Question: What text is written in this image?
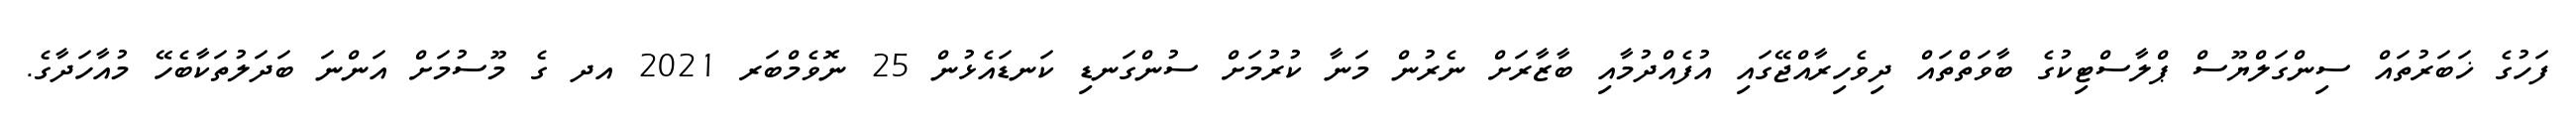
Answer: ފަހުގެ ޚަބަރުތައް ސިންގަލްޔޫސް ޕްލާސްޓިކުގެ ބާވަތްތައް ދިވެހިރާއްޖޭގައި އުފެއްދުމާއި ބާޒާރަށް ނެރުން މަނާ ކުރުމަށް ސުންގަނޑި ކަނޑައެޅުން 25 ނޮވެމްބަރ 2021 އދ ގެ މޫސުމަށް އަންނަ ބަދަލުތަކާބެހޭ މުއާހަދާގެ.